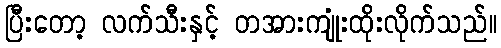
ပြီးတော့ လက်သီးနှင့် တအားကျုံးထိုးလိုက်သည်။